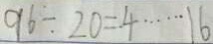
9 6 \div 2 0 = 4 \cdots 1 6